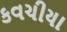
કવચીયા